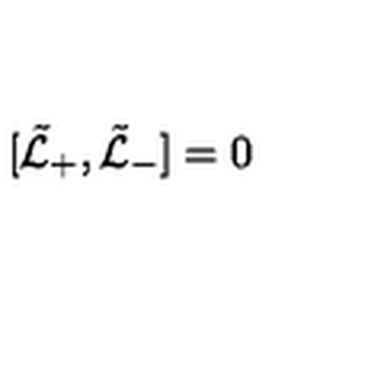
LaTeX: [ \tilde { \cal L } _ { + } , \tilde { \cal L } _ { - } ] = 0